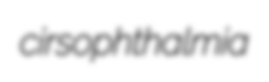
cirsophthalmia